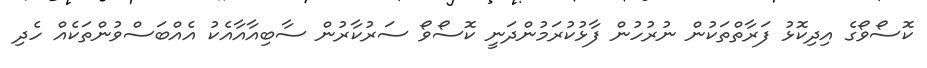
ކޮސޯވޯގެ އިދިކޮޅު ފަރާތްތަކުން ނުރުހުން ފާޅުކުރަމުންދަނީ ކޮސޯވޯ ސަރުކާރުން ސާބިއާއާއެކު އެއްބަސްވުންތަކެއް ހެދި